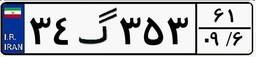
۳۴گ۳۵۳۶۱